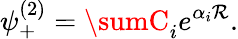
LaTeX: \psi_{+}^{(2)}=\sumC_{i}e^{\alpha_{i}\mathcal{R}}.